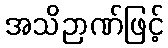
အသိဉာဏ်ဖြင့်